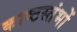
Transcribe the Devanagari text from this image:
काष्ठस्तंभों